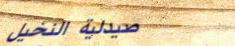
صيدلية النخيل